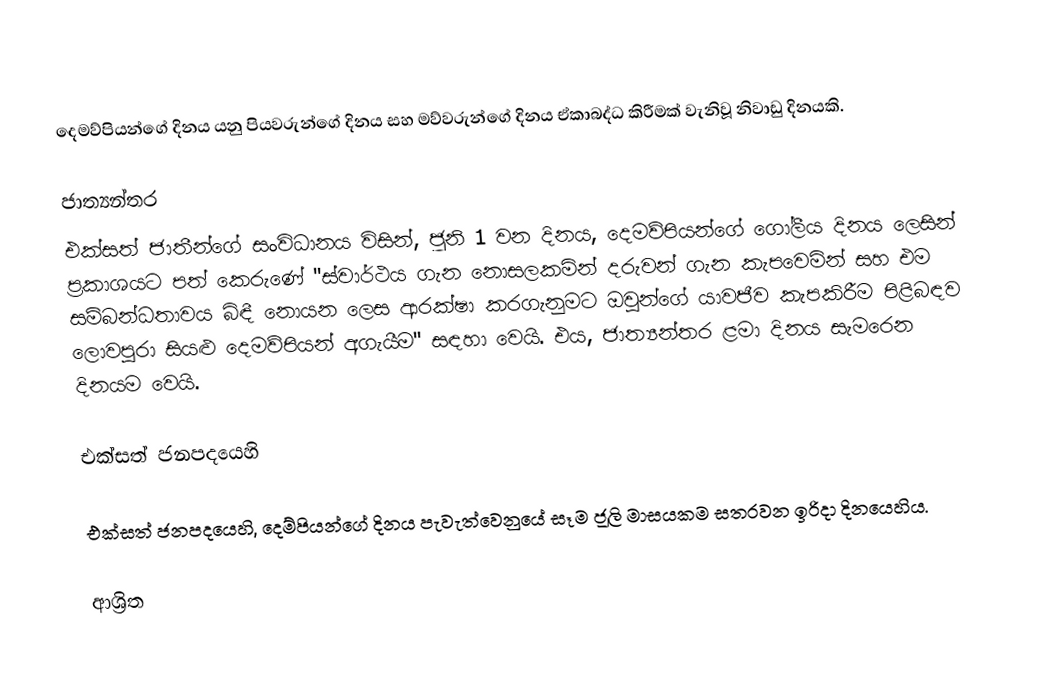
දෙමව්පියන්ගේ දිනය යනු  පියවරුන්ගේ දිනය සහ මව්වරුන්ගේ දිනය ඒකාබද්ධ කිරීමක් වැනිවූ නිවාඩු දිනයකි.

ජාත්‍යන්තර
එක්සත් ජාතීන්ගේ සංවිධානය විසින්, ජූනි 1 වන දිනය, දෙමව්පියන්ගේ ගෝලීය දිනය ලෙසින් ප්‍රකාශයට පත් කෙරුණේ  "ස්වාර්ථය ගැන නොසලකමින් දරුවන් ගැන කැපවෙමින් සහ එම සම්බන්ධතාවය බිඳී නොයන ලෙස ආරක්ෂා කරගැනුමට ඔවුන්ගේ යාවජීව කැපකිරීම පිළිබඳව ලොවපුරා සියළු දෙමව්පියන් අගැයීම" සඳහා වෙයි.  එය, ජාත්‍යන්තර ළමා දිනය සැමරෙන දිනයම වෙයි.

එක්සත් ජනපදයෙහි

එක්සත් ජනපදයෙහි, දෙම්පියන්ගේ දිනය පැවැත්වෙනුයේ සෑම ජූලි මාසයකම සතරවන ඉරිදා දිනයෙහිය.

ආශ්‍රිත